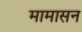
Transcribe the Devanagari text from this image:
मामासन